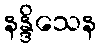
နန္ဒိသေန